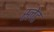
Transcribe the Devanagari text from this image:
स्‍लेट